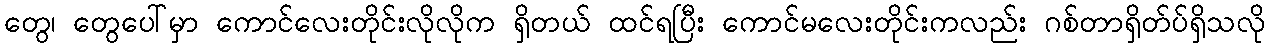
တွေ၊ တွေပေါ်မှာ ကောင်လေးတိုင်းလိုလိုက ရှိတယ် ထင်ရပြီး ကောင်မလေးတိုင်းကလည်း ဂစ်တာရှိတ်ပ်ရှိသလို